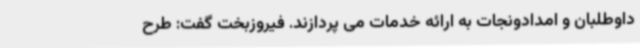
داوطلبان و امدادونجات به ارائه خدمات می پردازند. فیروزبخت گفت: طرح